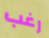
رغب